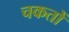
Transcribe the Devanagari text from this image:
चकतों